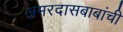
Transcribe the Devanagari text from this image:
अमरदासबाबांची